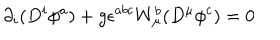
LaTeX: \partial _ { i } ( D ^ { i } \phi ^ { a } ) + g \epsilon ^ { a b c } W _ { \mu } ^ { b } ( D ^ { \mu } \phi ^ { c } ) = 0